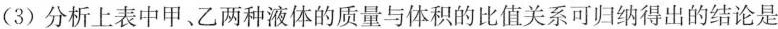
(3)分析上表中甲、乙两种液体的质量与体积的比值关系可归纳得出的结论是